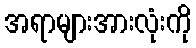
အရာများအားလုံးကို